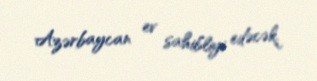
Azərbaycan ev sahibliyi edəcək.